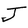
Character: J